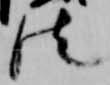
法